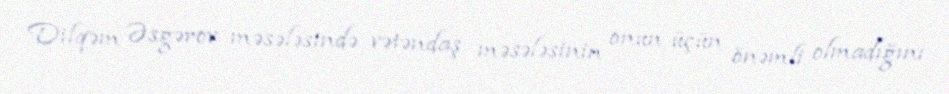
Dilqəm Əsgərov məsələsində vətəndaş məsələsinin onun üçün önəmli olmadığını